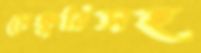
সেঞ্চুরিসহ